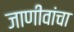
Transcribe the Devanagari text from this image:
जाणीवांचा